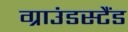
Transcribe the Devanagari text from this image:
ग्राउंडस्टैंड